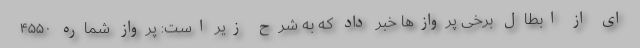
ای از ابطال برخی پروازها خبر داد که به شرح زیر است: پرواز شماره ۴۵۵۰